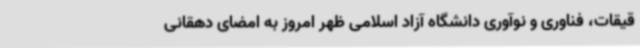
قیقات، فناوری و نوآوری دانشگاه آزاد اسلامی ظهر امروز به امضای دهقانی